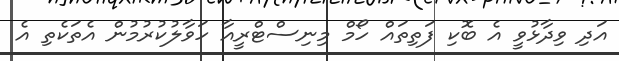
އަދި ވިދާޅުވީ އެ ބޮކި ފަތިތައް ހޯމް މިނިސްޓްރީއާ ހަވާލުކުރުމުން އެތަކެތި އެ